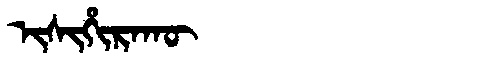
Manchu: ᡳᠰᡳᡥᡳᡵᠠᡴᡡ
Romanization: ISIHIRAKŪ